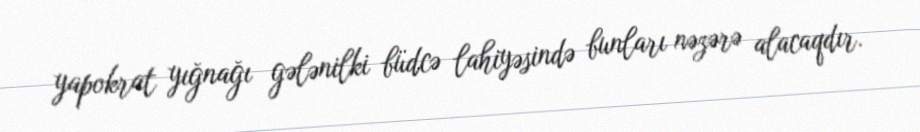
yapokrat yığnağı gələnilki büdcə lahiyəsində bunları nəzərə alacaqdır.